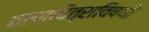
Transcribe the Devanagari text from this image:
छायाचित्राविषयी